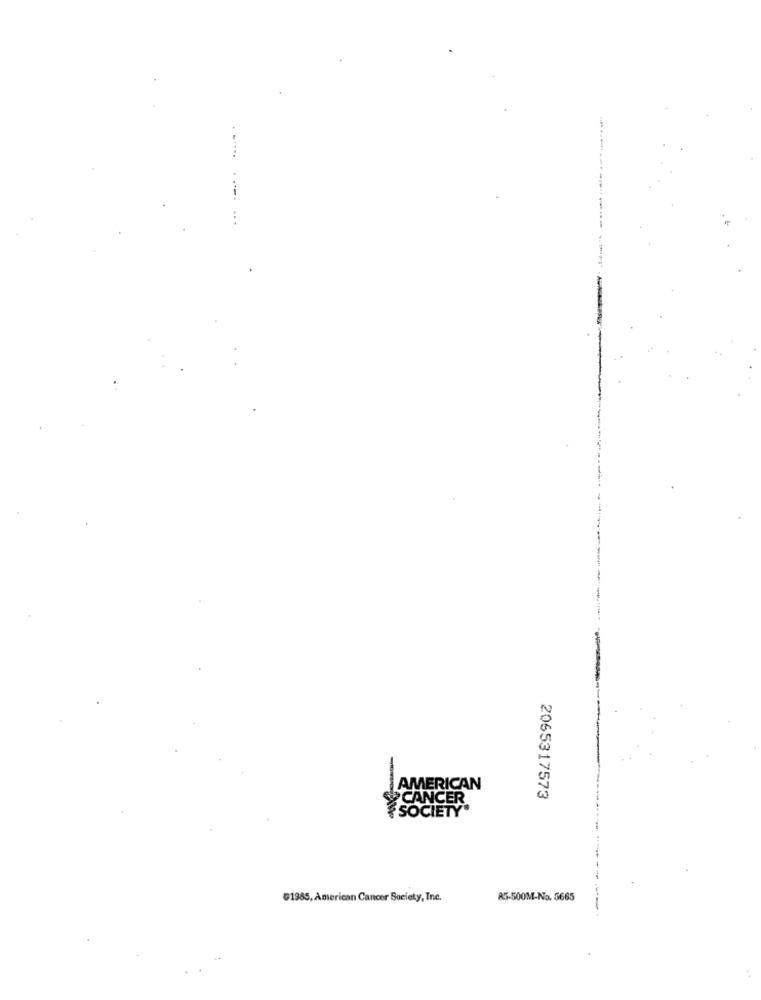
---------------
AMERICAN
CANCER
2065317573
SOCIETY.
G1985, American Cancer Society, Inc.
85-500M-No. 5665